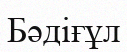
Бәдіғұл